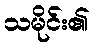
သမိုင်း၏